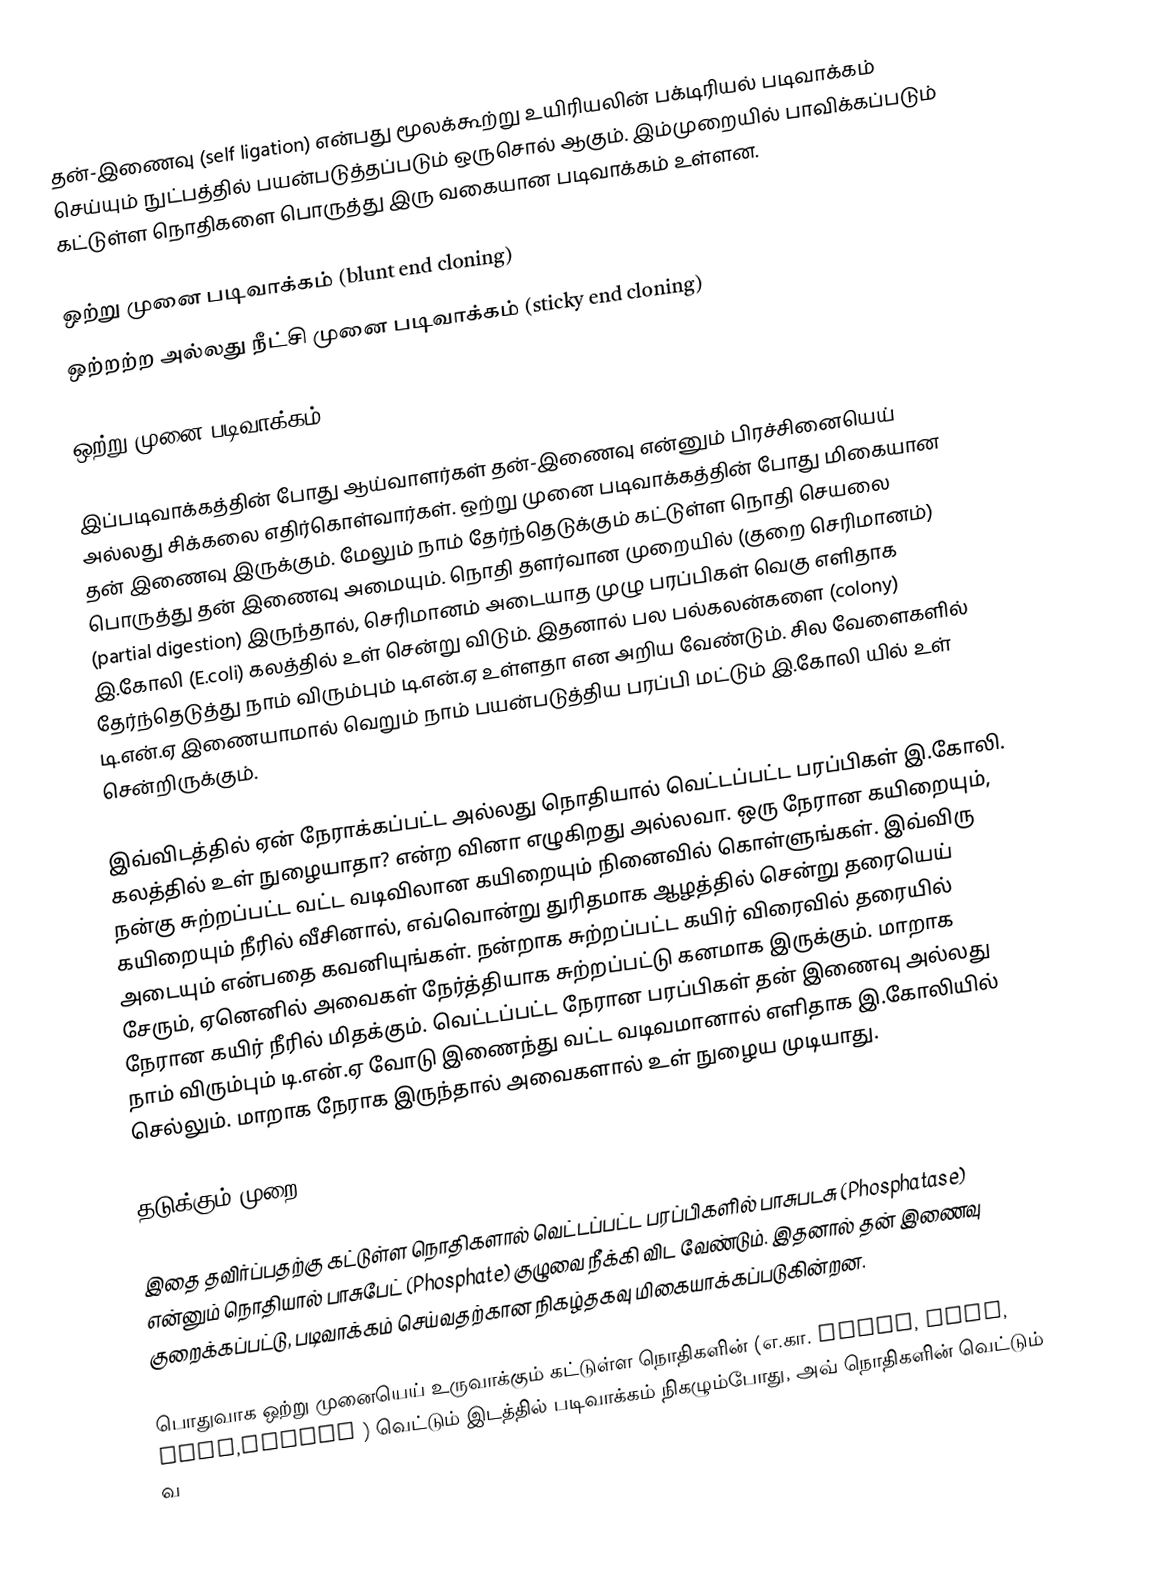
தன்-இணைவு (self ligation) என்பது மூலக்கூற்று உயிரியலின் பக்டிரியல் படிவாக்கம்  செய்யும்  நுட்பத்தில்  பயன்படுத்தப்படும் ஒருசொல் ஆகும். இம்முறையில் பாவிக்கப்படும் கட்டுள்ள நொதிகளை பொருத்து இரு வகையான படிவாக்கம் உள்ளன.

 ஒற்று முனை படிவாக்கம் (blunt end cloning)
 ஒற்றற்ற அல்லது நீட்சி  முனை படிவாக்கம் (sticky end cloning)

ஒற்று முனை படிவாக்கம்

இப்படிவாக்கத்தின் போது ஆய்வாளர்கள் தன்-இணைவு என்னும் பிரச்சினையெய் அல்லது சிக்கலை எதிர்கொள்வார்கள். ஒற்று முனை படிவாக்கத்தின் போது மிகையான தன் இணைவு இருக்கும். மேலும் நாம் தேர்ந்தெடுக்கும் கட்டுள்ள நொதி செயலை பொருத்து தன் இணைவு அமையும். நொதி தளர்வான முறையில்  (குறை செரிமானம்) (partial digestion) இருந்தால், செரிமானம் அடையாத முழு பரப்பிகள் வெகு எளிதாக இ.கோலி (E.coli) கலத்தில் உள் சென்று விடும்.  இதனால்  பல பல்கலன்களை (colony) தேர்ந்தெடுத்து நாம் விரும்பும் டி.என்.ஏ உள்ளதா என அறிய வேண்டும். சில வேளைகளில்  டி.என்.ஏ இணையாமால் வெறும் நாம் பயன்படுத்திய பரப்பி மட்டும் இ.கோலி யில் உள் சென்றிருக்கும்.

இவ்விடத்தில் ஏன் நேராக்கப்பட்ட அல்லது நொதியால் வெட்டப்பட்ட பரப்பிகள் இ.கோலி. கலத்தில் உள் நுழையாதா? என்ற வினா எழுகிறது அல்லவா. ஒரு நேரான கயிறையும், நன்கு சுற்றப்பட்ட வட்ட வடிவிலான கயிறையும் நினைவில் கொள்ளுங்கள். இவ்விரு கயிறையும் நீரில் வீசினால், எவ்வொன்று துரிதமாக ஆழத்தில் சென்று தரையெய் அடையும் என்பதை கவனியுங்கள். நன்றாக சுற்றப்பட்ட கயிர் விரைவில் தரையில் சேரும், ஏனெனில் அவைகள் நேர்த்தியாக  சுற்றப்பட்டு கனமாக இருக்கும். மாறாக நேரான கயிர் நீரில் மிதக்கும். வெட்டப்பட்ட நேரான  பரப்பிகள் தன் இணைவு அல்லது நாம் விரும்பும் டி.என்.ஏ வோடு இணைந்து வட்ட வடிவமானால் எளிதாக இ.கோலியில்  செல்லும். மாறாக நேராக இருந்தால் அவைகளால் உள் நுழைய முடியாது.

தடுக்கும் முறை

இதை தவிர்ப்பதற்கு கட்டுள்ள நொதிகளால் வெட்டப்பட்ட பரப்பிகளில் பாசுபடசு (Phosphatase) என்னும் நொதியால் பாசுபேட் (Phosphate) குழுவை நீக்கி விட வேண்டும். இதனால் தன் இணைவு குறைக்கப்பட்டு, படிவாக்கம் செய்வதற்கான நிகழ்தகவு மிகையாக்கப்படுகின்றன.

பொதுவாக ஒற்று முனையெய் உருவாக்கும் கட்டுள்ள நொதிகளின் (எ.கா. EcoRV, SmaI, HpaI,HincII ) வெட்டும் இடத்தில் படிவாக்கம் நிகழும்போது, அவ் நொதிகளின் வெட்டும் வ